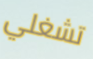
تشغلي